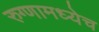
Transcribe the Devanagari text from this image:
रुग्णामध्येच